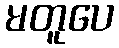
မတူပေ